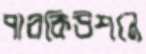
পারকিউশনে